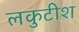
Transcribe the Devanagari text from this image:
लकुटीश